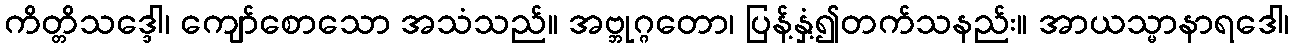
ကိတ္တိသဒ္ဒေါ၊ ကျော်စောသော အသံသည်။ အဗ္ဘုဂ္ဂတော၊ ပြန့်နှံ့၍တက်သနည်း။ အာယသ္မာနာရဒေါ၊